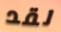
لقد